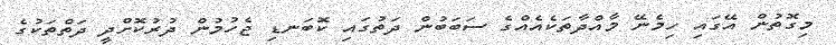
މިގޮތުން އޭގައި ހިމެނޭ މާއްދާތަކެއެއްގެ ސަބަބުން ދަތުގައި ކޮބަނޑި ޖެހުމުން ދުރުކޮށްދީ ދަތްތަކުގެ